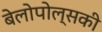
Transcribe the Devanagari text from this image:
बेलोपोल्सकी